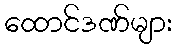
ထောင်ဒဏ်များ